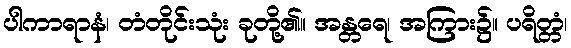
ပါကာရာနံ၊ တံတိုင်းသုံး ခုတို့၏။ အန္တရေ၊ အကြား၌။ ပရိတ္တံ၊